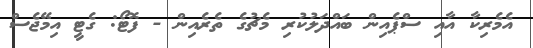
އެމެރިކާ އާއި ސްޕެއިން ބައްދަލުކުރި މެޗުގެ ތެރެއިން - ފޮޓޯ: ގެޓީ އިމޭޖެސް